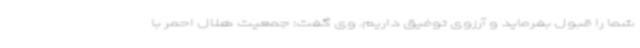
شما را قبول بفرماید و آرزوی توفیق داریم. وی گفت: جمعیت هلال احمر با